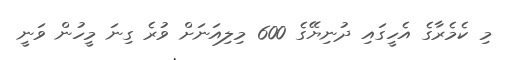
މި ކެމެރާގެ އެހީގައި ދުނިޔޭގެ 600 މިލިއަނަށް ވުރެ ގިނަ މީހުން ވަނީ